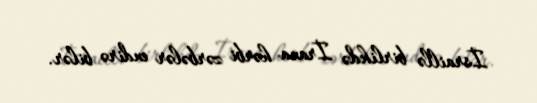
İsraillə birlikdə İrana hərbi zərbələr endirə bilər.